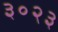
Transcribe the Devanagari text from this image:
३०२३